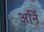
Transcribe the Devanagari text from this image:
अर्नि